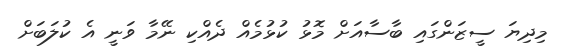
މިދިޔަ ސީޒަންގައި ބާސާއަށް މޮޅު ކުޅުމެއް ދެއްކި ނޭމާ ވަނީ އެ ކުލަބަށް